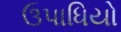
ઉપાધિયો